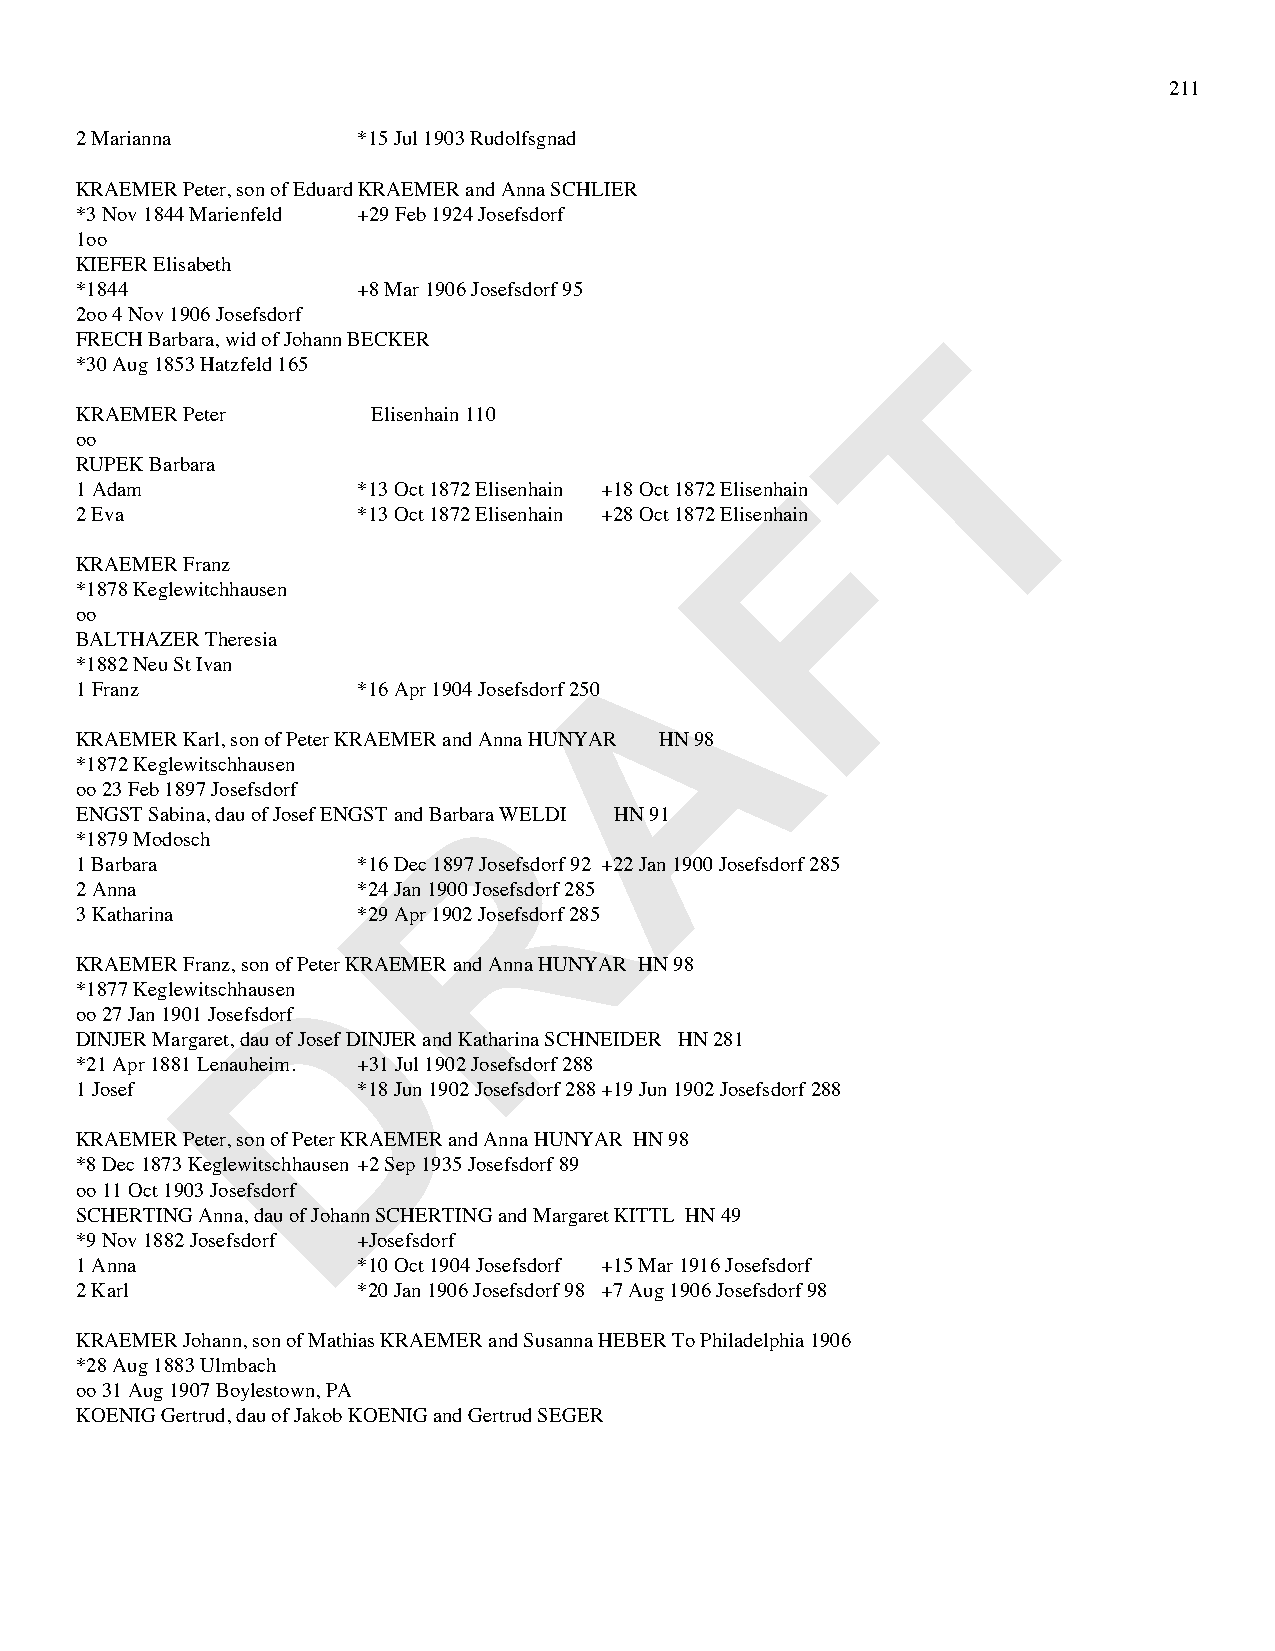
211
 2 Marianna         *15 Jul 1903 Rudolfsgnad
 KRAEMER Peter, son of Eduard KRAEMER and Anna SCHLIER
 *3 Nov 1844 Marienfeld +29 Feb 1924 Josefsdorf
 1oo
 KIEFER Elisabeth
 *1844              +8 Mar 1906 Josefsdorf 95
 2oo 4 Nov 1906 Josefsdorf
 T
 FRECH Barbara, wid of Johann BECKER
 *30 Aug 1853 Hatzfeld 165
 KRAEMER Peter       Elisenhain 110
 oo
 RUPEK Barbara                                  F
 1 Adam             *13 Oct 1872 Elisenhain +18 Oct 1872 Elisenhain
 2 Eva              *13 Oct 1872 Elisenhain +28 Oct 1872 Elisenhain
 KRAEMER Franz
 *1878 Keglewitchhausen
 oo                                   A
 BALTHAZER Theresia
 *1882 Neu St Ivan
 1 Franz            *16 Apr 1904 Josefsdorf 250
 KRAEMER Karl, son of Peter KRAEMER and Anna HUNYAR HN 98
 *1872 Keglewitschhausen
 R
 oo 23 Feb 1897 Josefsdorf
 ENGST Sabina, dau of Josef ENGST and Barbara WELDI HN 91
 *1879 Modosch
 1 Barbara          *16 Dec 1897 Josefsdorf 92 +22 Jan 1900 Josefsdorf 285
 2 Anna             *24 Jan 1900 Josefsdorf 285
 3 Katharina        *29 Apr 1902 Josefsdorf 285
 D
 KRAEMER Franz, son of Peter KRAEMER and Anna HUNYAR HN 98
 *1877 Keglewitschhausen
 oo 27 Jan 1901 Josefsdorf
 DINJER Margaret, dau of Josef DINJER and Katharina SCHNEIDER HN 281
 *21 Apr 1881 Lenauheim. +31 Jul 1902 Josefsdorf 288
 1 Josef            *18 Jun 1902 Josefsdorf 288 +19 Jun 1902 Josefsdorf 288
 KRAEMER Peter, son of Peter KRAEMER and Anna HUNYAR HN 98
 *8 Dec 1873 Keglewitschhausen +2 Sep 1935 Josefsdorf 89
 oo 11 Oct 1903 Josefsdorf
 SCHERTING Anna, dau of Johann SCHERTING and Margaret KITTL HN 49
 *9 Nov 1882 Josefsdorf +Josefsdorf
 1 Anna             *10 Oct 1904 Josefsdorf +15 Mar 1916 Josefsdorf
 2 Karl             *20 Jan 1906 Josefsdorf 98 +7 Aug 1906 Josefsdorf 98
 KRAEMER Johann, son of Mathias KRAEMER and Susanna HEBER To Philadelphia 1906
 *28 Aug 1883 Ulmbach
 oo 31 Aug 1907 Boylestown, PA
 KOENIG Gertrud, dau of Jakob KOENIG and Gertrud SEGER